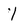
Character: 1